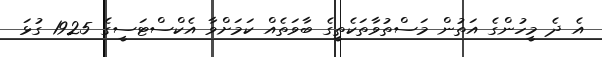
އެ ދެ މީހުންގެ އަތުން މަސްތުވާތަކެތީގެ ބާވަތެއް ކަމަށްވާ އެކްސްޓަސީގެ 1925 ގުޅަ